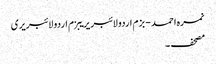
نمرہ احمد - بزم اردو لائبریریبزم اردو لائبریری
مصحف ۔